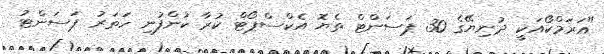
"އަރަމްކޯއަކީ ދުނިޔޭގެ 30 ޕަސަންޓް ތެޔޮ އެކްސްޕޯޓް ކުރާ ކުންފުނި ހަތަރު ޕަސަންޓު